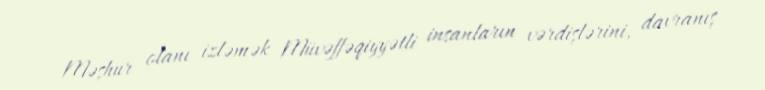
Məşhur olanı izləmək Müvəffəqiyyətli insanların vərdişlərini, davranış